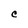
Character: C